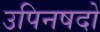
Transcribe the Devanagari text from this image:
उपिनषदो